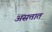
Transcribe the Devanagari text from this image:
असत्तात